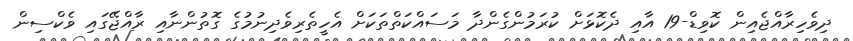
ދިވެހިރާއްޖެއިން ކޮވިޑް-19 އާއި ދެކޮޅަށް ކުރަމުންގެންދާ މަސައްކަތްތަކަށް އެހީތެރިވެދިނުމުގެ ގޮތުންނާއި ރާއްޖޭގައި ވެކްސިން